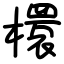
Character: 檈